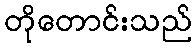
တိုတောင်းသည်